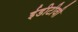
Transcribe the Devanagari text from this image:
ईडीटीवी